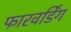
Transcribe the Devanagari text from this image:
फारवर्डिंग